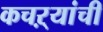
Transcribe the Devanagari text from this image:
कचऱ्यांची